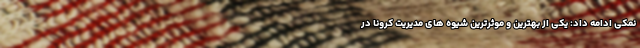
نمکی ادامه داد: یکی از بهترین و موثرترین شیوه های مدیریت کرونا در